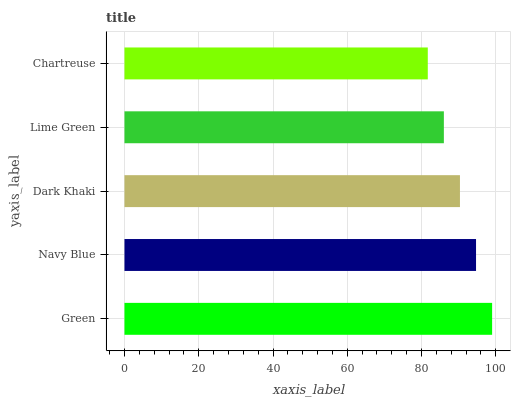
| yaxis_label | bars |
 | --- | --- |
 | Green | 99 |
 | Navy Blue | 94.7 |
 | Dark Khaki | 90.3 |
 | Lime Green | 86 |
 | Chartreuse | 81.7 |